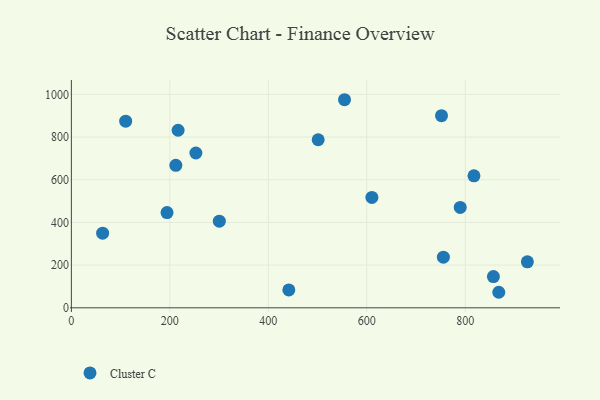
{"axis": {"x": "Speed", "y": "Sales"}, "legend": ["Cluster C"], "data": [{"x": "501.3", "y": 787.4, "type": "Cluster C"}, {"x": "817.7", "y": 618.2, "type": "Cluster C"}, {"x": "63.5", "y": 349.6, "type": "Cluster C"}, {"x": "216.8", "y": 831.8, "type": "Cluster C"}, {"x": "751.8", "y": 900.3, "type": "Cluster C"}, {"x": "755.6", "y": 237.4, "type": "Cluster C"}, {"x": "194.3", "y": 446.3, "type": "Cluster C"}, {"x": "300.5", "y": 406.1, "type": "Cluster C"}, {"x": "441.7", "y": 83.7, "type": "Cluster C"}, {"x": "252.9", "y": 725.2, "type": "Cluster C"}, {"x": "926.2", "y": 215.6, "type": "Cluster C"}, {"x": "789.8", "y": 470.1, "type": "Cluster C"}, {"x": "110.3", "y": 874.3, "type": "Cluster C"}, {"x": "868.1", "y": 72.8, "type": "Cluster C"}, {"x": "212.2", "y": 667.7, "type": "Cluster C"}, {"x": "857.2", "y": 146.4, "type": "Cluster C"}, {"x": "610.4", "y": 517.2, "type": "Cluster C"}, {"x": "554.8", "y": 974.9, "type": "Cluster C"}]}